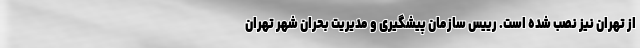
از تهران نیز نصب شده است. رییس سازمان پیشگیری و مدیریت بحران شهر تهران